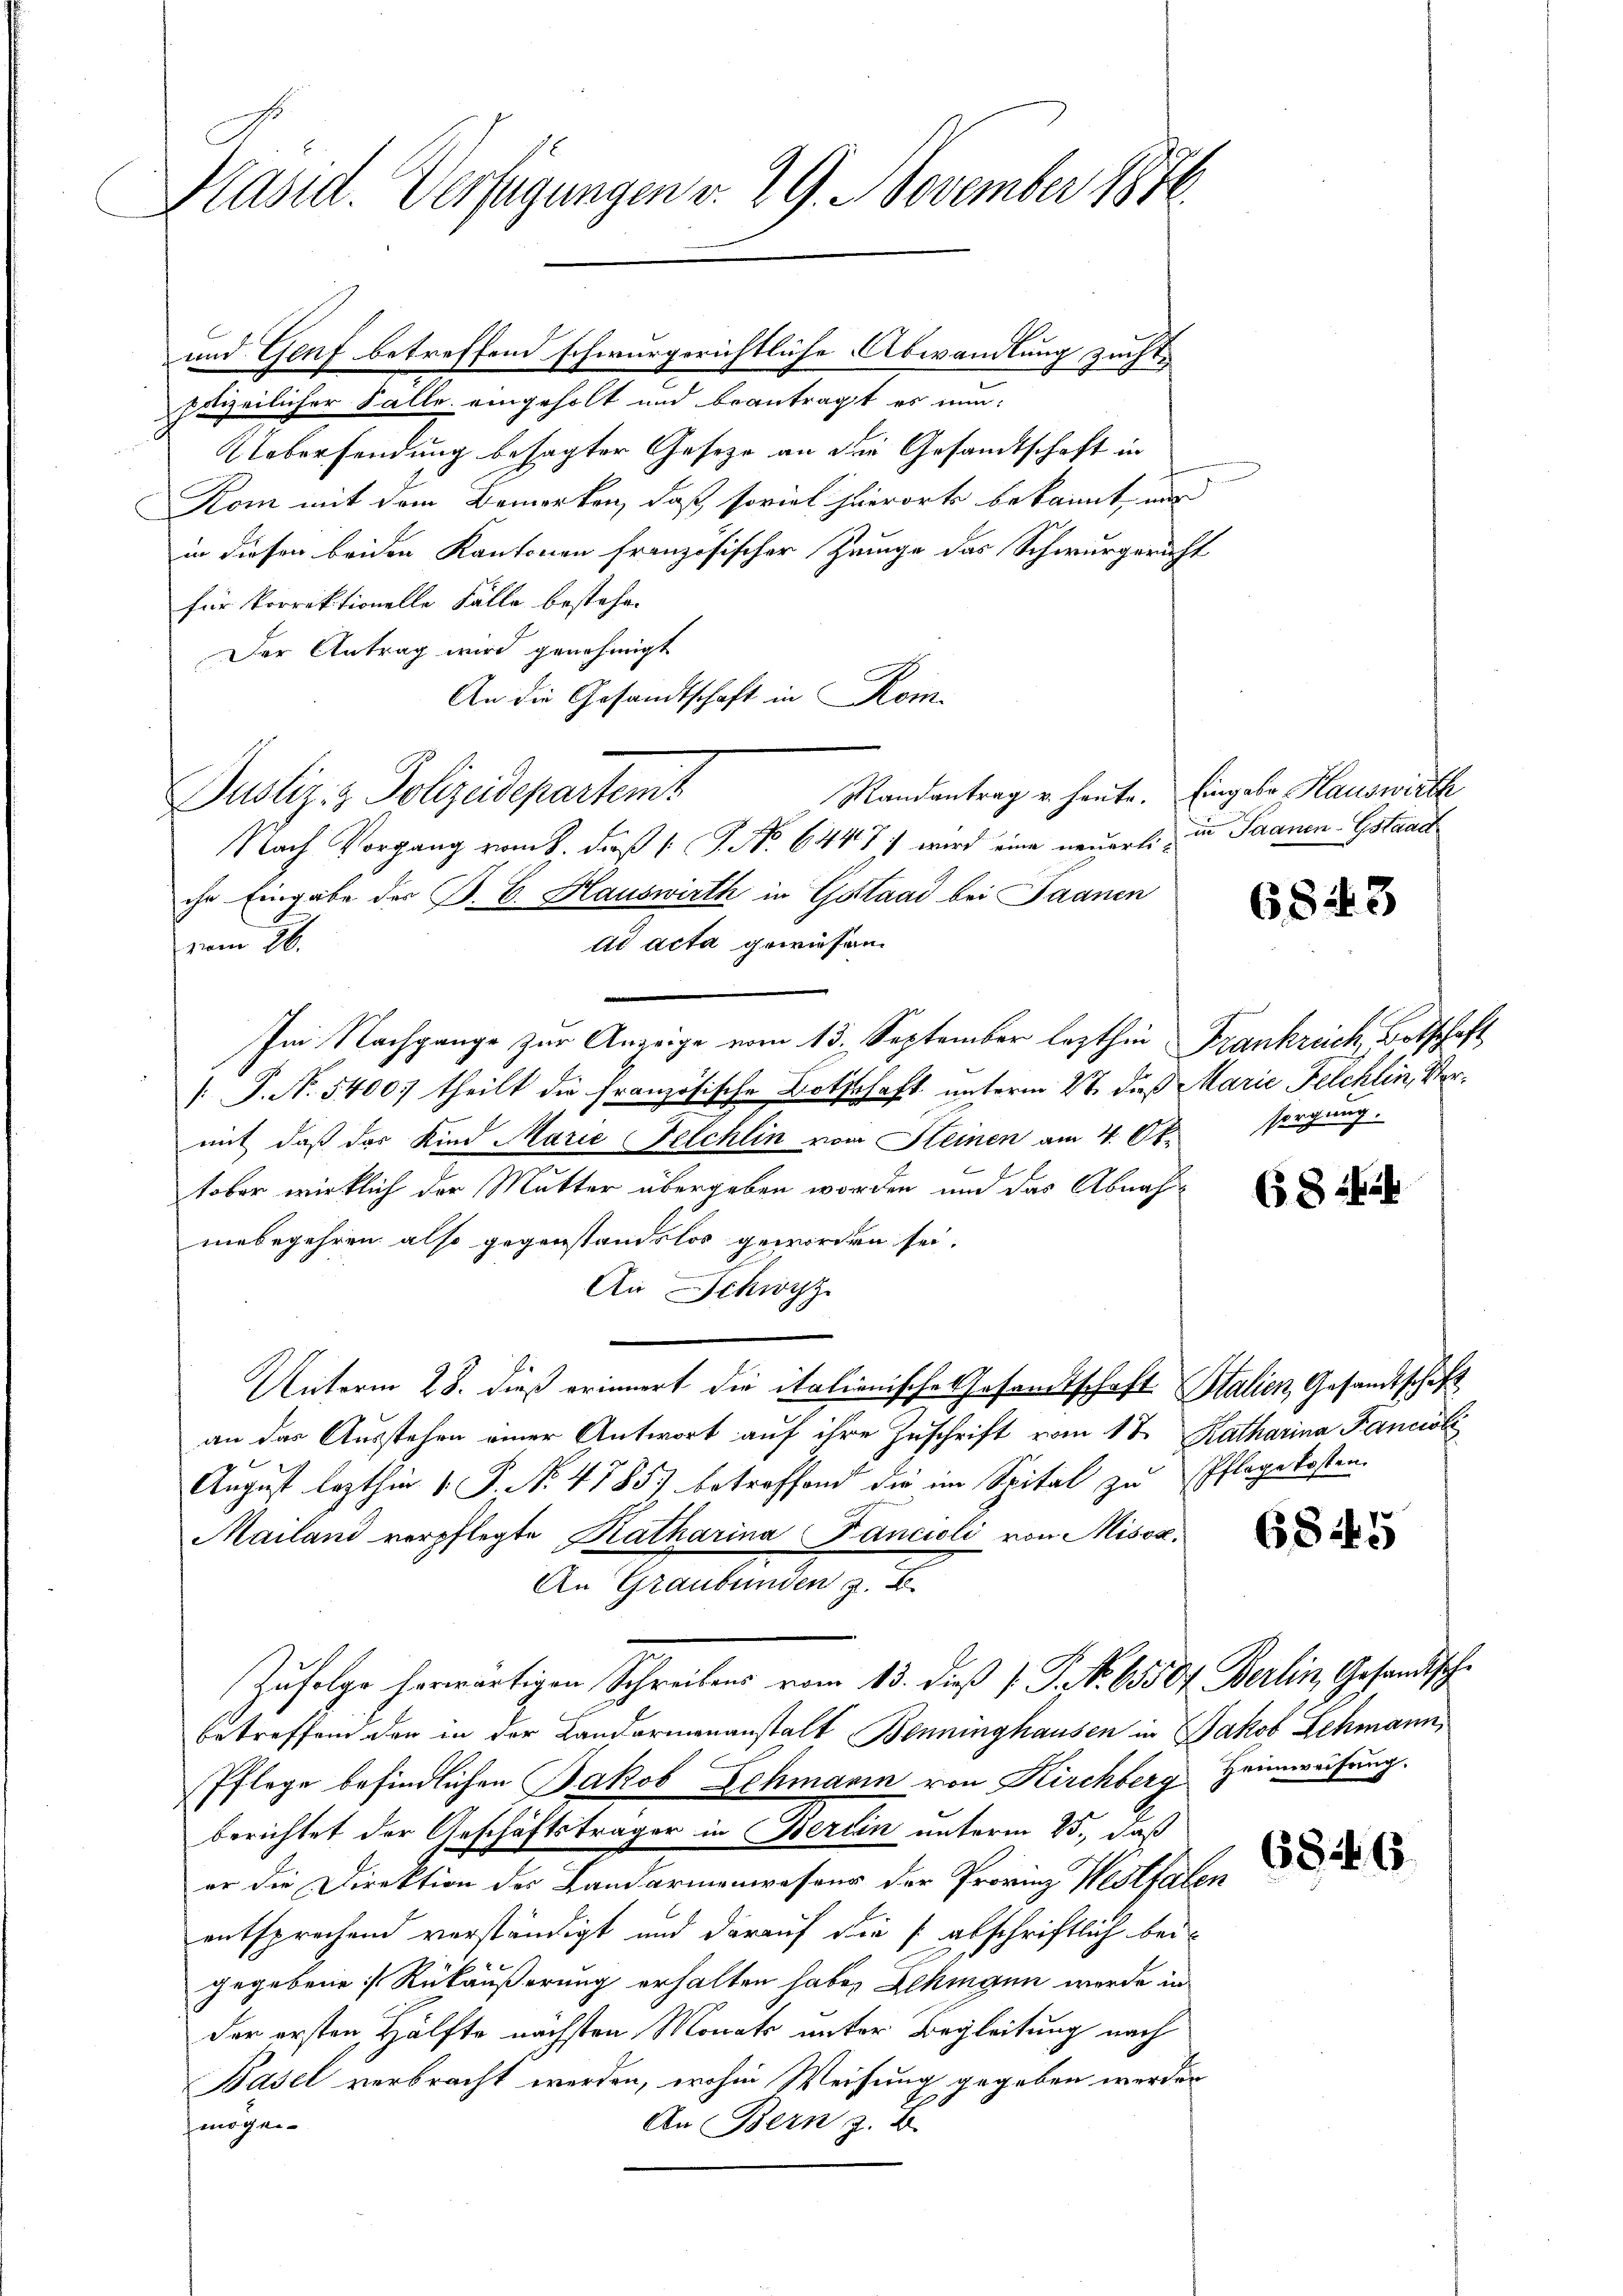
Kasid. Verfügungen v. 29. November 1876.

polizeilicher Falle eingeholt und beantragt es nun¬
Uebersendung besagter Gesetze an die Gesamtschaft in
Kom mit dem Bemerken, daß soviel hierort bekannt, und
in diesen beiden Kantonen französischer Zeuge das Schwurgericht
für Vorrektionelle Fälle bestehen
Der Antrag wird genehmigt
An die Gesandtschaft in Kom-
Randantrag u. heute. Eingabe Hauswirth
Justiz- & Polizeidepartens
Nach Vorgang vom 8. daß P. No 6447) wird eine neuert in Saanen Gstaat
che Eingabe des P. C. Hauswirth in Gottaad bei Jaanen
At acta gewiesen.
vom 26.
Im Nachgange zur Anzeige vom 13. September lezthin Frankreich, Botschaft
[. P. N. 5400. theilt die französische Bothschaft unterm 2t. daß Marie Felchlin, Vermit, daß das Kind Marie Felchlin vom Steinen am 4. Ok-sorgung.
tober wirklich der Mutter übergeben worden und das Abnah
mebegehren also gegenstandslos geworden sei.
An Schwyz
Unterm 28. dieß erinnert die italienische Gesandtschaft Stalien, Gesandtschaft
an das Ausstehen einer Antwort auf ihre Zuschrift vom 17. Katharina Fancisli
August lezthin 1. P. Nr. 4785) betroffend die im Spital zu Pflage kosten.
Mailand verpflegte Katharina Fancioli von Missa¬
An Graubünden z. B.
Zufolge herwärtigen Schreibens vom 13. dieß P. P. No. 65504. Berlin, Gesandtsche
betreffend den in der Landarmenanstalt Benninghausen in Jakob Schmann,
Pflege befindlichen Jakob Schmanin von Kirchberg Heimweisung.
berichtet der Geschäftsträger in Berlin unterm 25., daß
er die Direktion des Landarmenweseur der Provinz Westfalen
entsprechend verständigt und darauf die abschriftlich beigegebene Rükäußerung erhalten haben Alkingen werde in
der ersten Hälfte nächsten Monats unter Begleitung nach
Basel verbracht werden, wohin Weisung gegeben werden
An Bern z. B.
mögen

und Genf betreffend schwurgerichtliche Abwandlung zucht

6843

( 8 454

685

6846